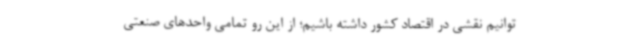
‌توانیم نقشی در اقتصاد کشور داشته باشیم؛ از این رو تمامی واحدهای صنعتی